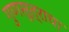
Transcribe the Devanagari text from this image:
गुणसूत्राचा